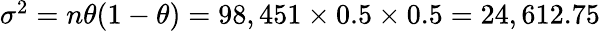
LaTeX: \textstyle\sigma^{2}=n\theta(1-\theta)=98,451\times 0.5\times 0.5=24,612.75